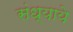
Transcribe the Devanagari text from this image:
संध्याये